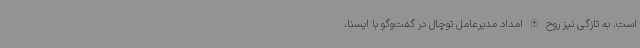
است. به تازگی نیز روح الله امداد مدیرعامل توچال در گفت‌وگو با ایسنا،